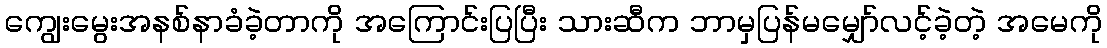
ကျွေးမွေးအနစ်နာခံခဲ့တာကို အကြောင်းပြပြီး သားဆီက ဘာမှပြန်မမျှော်လင့်ခဲ့တဲ့ အမေကို